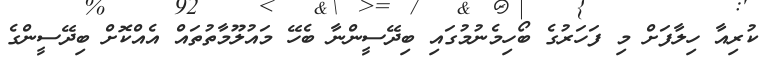
ކުރިއާ ހިލާފަށް މި ފަހަރުގެ ބޯހިމެނުމުގައި ބިދޭސީންނާ ބެހޭ މައުލޫމާތުތައް އެއްކޮށް ބިދޭސީންގެ